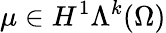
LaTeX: \mu\in H^{1}\Lambda^{k}(\Omega)